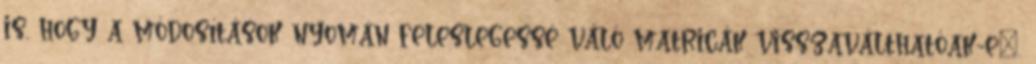
is, hogy a módosítások nyomán feleslegessé váló matricák visszaválthatóak-e”.